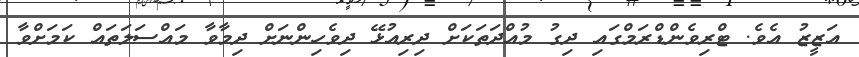
އަޒީޒު އެވެ. ޓްރިވެންޑްރަމްގައި ދިގު މުއްދަތަކަށް ދިރިއުޅޭ ދިވެހިންނަށް ދިމާވާ މައްސަލަތައް ކަމަށްވާ